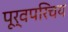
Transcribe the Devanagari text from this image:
पूर्वपरिचय